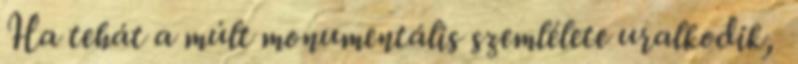
Ha tehát a múlt monumentális szemlélete uralkodik,